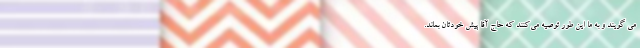
می گویند و به ما این طور توصیه می‌کنند که حاج آقا پیش خودتان بماند.